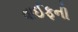
વાઈફની